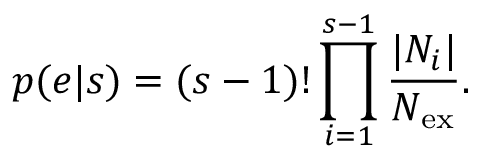
p ( e | s ) = ( s - 1 ) ! \prod _ { i = 1 } ^ { s - 1 } \frac { | N _ { i } | } { N _ { \mathrm { e x } } } .